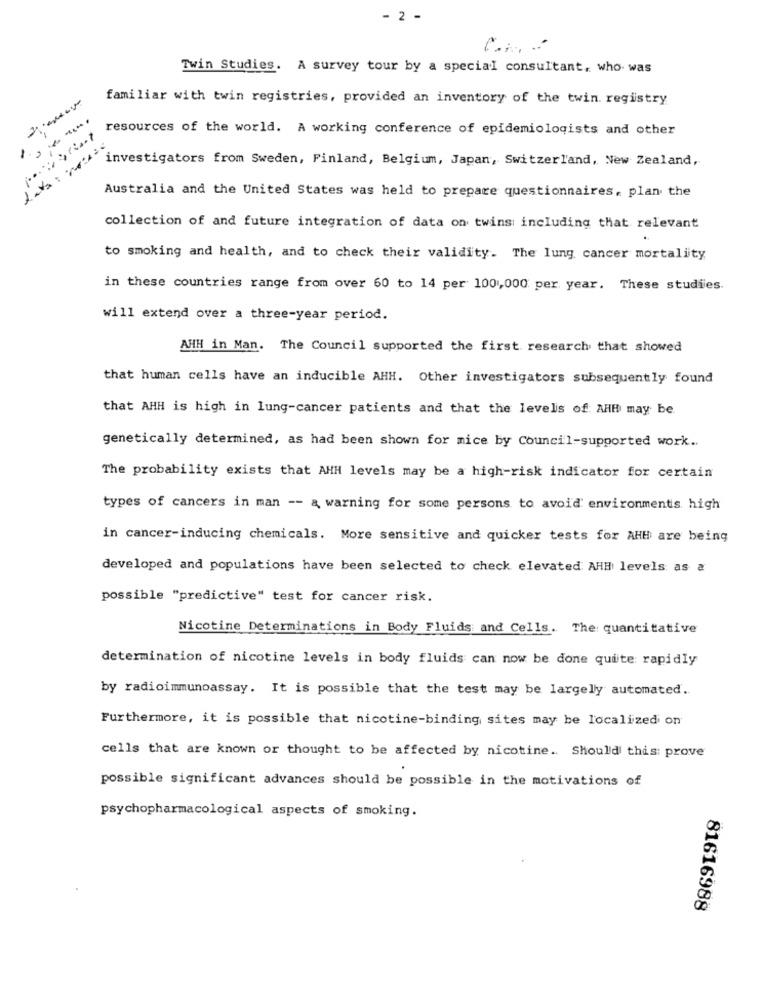
- 2 -
Twin Studies. A survey tour by a special consultant, who was
familiar with twin registries, provided an inventory of the twin. registry
resources of the world. A working conference of epidemiologists and other
investigators from Sweden, Finland, Belgium, Japan, Switzerland, New Zealand,
Australia and the United States was held to prepare questionnaires, plan the
collection of and future integration of data on twins: including that relevant
to smoking and health, and to check their validity. The lung cancer mortality
in these countries range from over 60 to 14 per 1001,000 per year. These studies.
will extend over a three-year period.
AHH in Man. The Council supported the first research that showed
that human cells have an inducible AHH. Other investigators subsequently found
that AHH is high in lung-cancer patients and that the levelis of: AHH may be
genetically determined, as had been shown for mice by Council-supported work ..
The probability exists that AHH levels may be a high-risk indicator for certain
types of cancers in man -- a warning for some persons to avoid environments high
in cancer-inducing chemicals. More sensitive and quicker tests for AHH are being
developed and populations have been selected to check elevated AHH levels as a
possible "predictive" test for cancer risk.
Nicotine Determinations in Body Fluids and Cells. The: quantitative
determination of nicotine levels in body fluids can now be done quite rapidly
by radioimmunoassay. It is possible that the test may be largelly automated.
Furthermore, it is possible that nicotine-binding sites may be localized on
cells that are known or thought to be affected by nicotine .. Should this: prove
possible significant advances should be possible in the motivations of
psychopharmacological aspects of smoking.
81616988